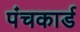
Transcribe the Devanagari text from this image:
पंचकार्ड